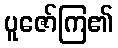
ပူဇော်ကြ၏